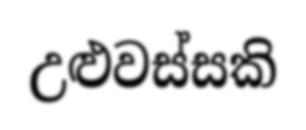
උළුවස්සකි